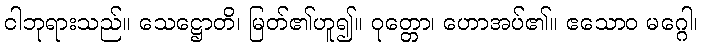
ငါဘုရားသည်။ သေဋ္ဌောတိ၊ မြတ်၏ဟူ၍။ ဝုတ္တော၊ ဟောအပ်၏။ ဧသောဝ မဂ္ဂေါ၊